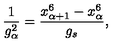
\frac { 1 } { g _ { \alpha } ^ { 2 } } = \frac { x _ { \alpha + 1 } ^ { 6 } - x _ { \alpha } ^ { 6 } } { g _ { s } } ,